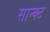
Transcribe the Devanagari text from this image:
सान्क्ट